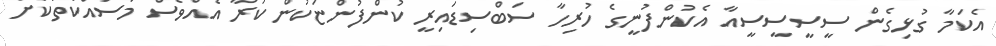
އެކަމާ ގުޅިގެން ސީސީސީސީއާ އެކުންފުނީގެ ހުރިހާ ސަބްސިޑައިރީ ކުންފުންޏަކުން ކުރާ އެއްވެސް މަސައްކަތަކަށް